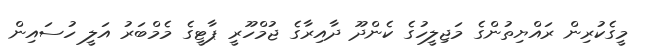
މީގެކުރިން ރައްޔިތުންގެ މަޖިލީހުގެ ކެންދޫ ދާއިރާގެ ޖުމްހޫރީ ޕާޓީގެ މެމްބަރު އަލީ ހުސައިން